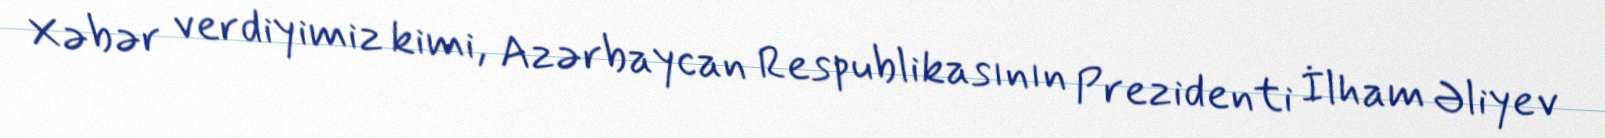
Xəbər verdiyimiz kimi, Azərbaycan Respublikasının Prezidenti İlham Əliyev